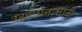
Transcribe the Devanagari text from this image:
उद्बोधनासाठी